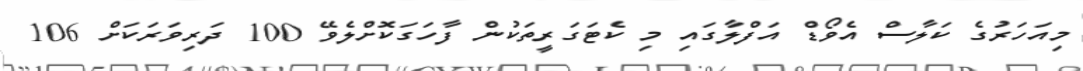
މިއަހަރުގެ ކަލާސް އެވޯޑް އަފްލާގައި މި ކެޓަގަރީތަކުން ފާހަގަކޮށްލެވޭ 100 ދަރިވަރަކަށް 106